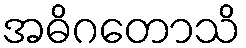
အဓိဂတောသိ